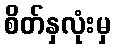
စိတ်နှလုံးမှ